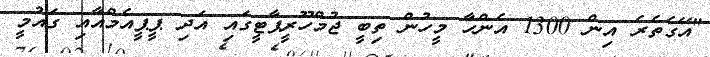
"އޭގެތެރެ އިން 1300 އެންހާ މީހުން ތިބީ ޖުމްހޫރީޕާޓީގައި އަދި ޕީޕީއެމްއާއި ގައުމީ